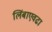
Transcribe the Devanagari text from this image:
लिंबाएवढा